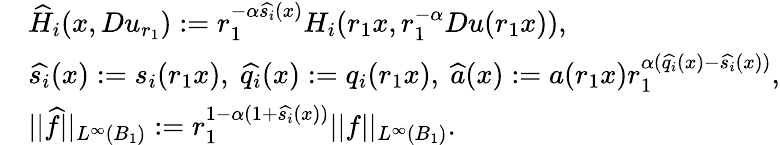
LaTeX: \begin{array}{rl}&{\widehat{H}_{i}(x,Du_{r_{1}}):=r_{1}^{-\alpha\widehat{s_{i}}(x)}H_{i}(r_{1}x,r_{1}^{-\alpha}Du(r_{1}x)),}\\ &{\widehat{s_{i}}(x):=s_{i}(r_{1}x),\ \widehat{q_{i}}(x):=q_{i}(r_{1}x),\ \widehat{a}(x):=a(r_{1}x)r_{1}^{\alpha(\widehat{q_{i}}(x)-\widehat{s_{i}}(x))},}\\ &{||\widehat{f}||_{L^{\infty}(B_{1})}:=r_{1}^{1-\alpha(1+\widehat{s_{i}}(x))}||f||_{L^{\infty}(B_{1})}.}\end{array}